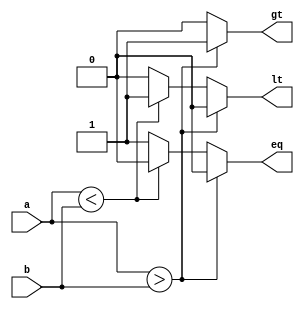
module comparator (
    input [1:0] a,
    input [1:0] b,
    output reg eq,
    output reg gt,
    output reg lt
);

always @(*) begin
    if (a > b) begin
        gt = 1;
        lt = 0;
        eq = 0;
    end else if (a < b) begin
        gt = 0;
        lt = 1;
        eq = 0;
    end else begin
        gt = 0;
        lt = 0;
        eq = 1;
    end
end

endmodule